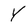
Character: Y